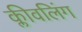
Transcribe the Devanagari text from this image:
क्लीवलिंग